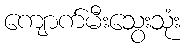
ကျောက်မီးသွေးသုံး